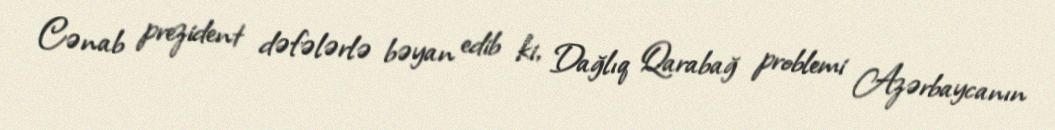
Cənab prezident dəfələrlə bəyan edib ki, Dağlıq Qarabağ problemi Azərbaycanın